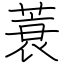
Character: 蓑